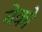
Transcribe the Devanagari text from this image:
येको